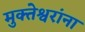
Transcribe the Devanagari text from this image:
मुक्तेश्वरांना